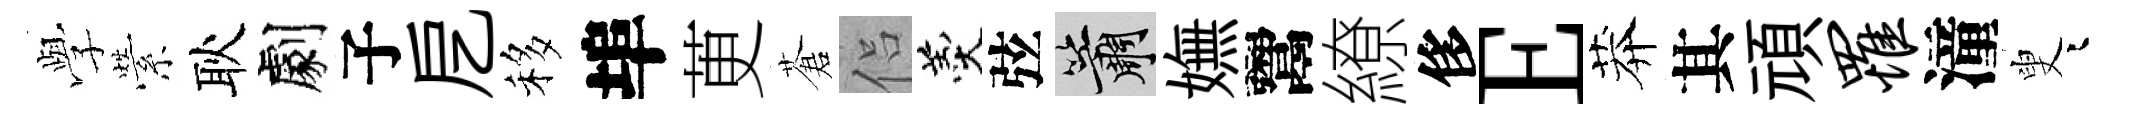
𫝯縈耿劇子戹移埠茰蒼侣羹弦簫嫵鬻繚侈E莽其頑罹潼叟迢